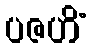
ပဇဟိံ